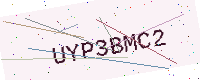
Text: UYP3BMC2